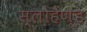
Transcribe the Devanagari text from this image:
स्लोहैण्ड